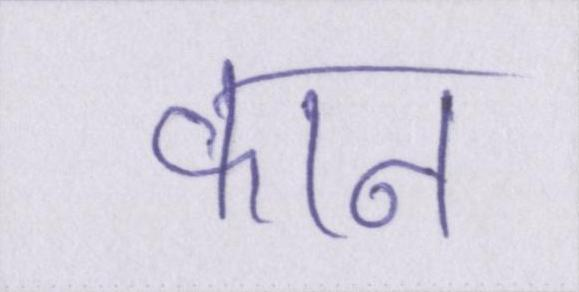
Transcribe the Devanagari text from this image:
कान